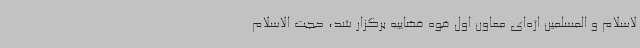
لاسلام و المسلمین اژه‌ای معاون اول قوه قضاییه برگزار شد، حجت الاسلام